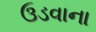
ઉડવાના